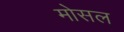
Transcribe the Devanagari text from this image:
मोसल